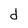
Character: d